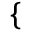
\begin{array} { r } { \mathopen { } \mathclose \bgroup \left\{ \begin{array} { r l r l } \end{array} \aftergroup \egroup \right. } \end{array}